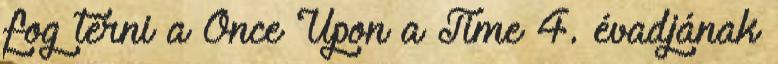
fog térni a Once Upon a Time 4. évadjának